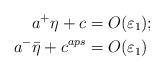
LaTeX: \begin{align*}a^+\eta+c&=O(\varepsilon_1);\\a^-\bar{\eta}+c^{aps}&=O(\varepsilon_1)\end{align*}